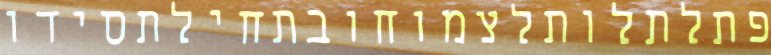
פתלתלותלצמוחובתחילתסידו